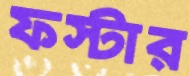
ফস্টার